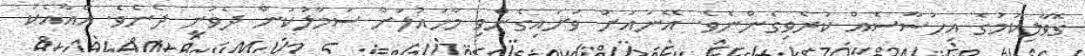
ގޮވާލިކަމުގެ އިހުސާސެއް ކުރެވިގެންނެވެ. އޭނައަށް ވަށައިގެންވި މާހައުލަށް ސަމާލުކަން ދެވުނީ ދެނެވެ. އެއާއެކު